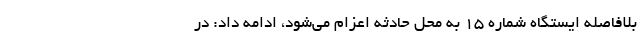
بلافاصله ایستگاه شماره ۱۵ به محل حادثه اعزام می‌شود، ادامه داد: در